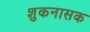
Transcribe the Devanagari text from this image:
शुकनासक